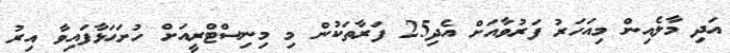
އަދި މާލެއިން މިއަހަރު ފަރުވާއަށް އެދި25 ފަރާތަކުން މި މިނިސްޓްރީއަށް ހުށަޙަޅާފައިވާ އިރު